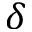
\delta